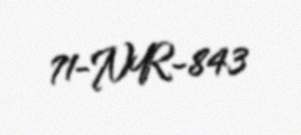
71-NR-843